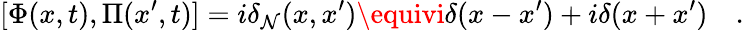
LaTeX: [\Phi(x,t),\Pi(x^{\prime},t)]=i\delta_{\mathcal{N}}(x,x^{\prime})\equivi\delta(x-x^{\prime})+i\delta(x+x^{\prime})\quad.